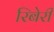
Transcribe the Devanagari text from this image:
रिबेरी